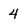
Character: 4